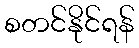
စတင်နိုင်ရန်